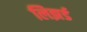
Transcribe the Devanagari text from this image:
लिझर्ड